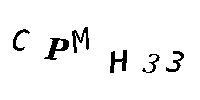
CPMH33